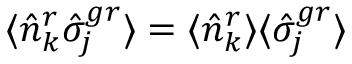
\langle \hat { n } _ { k } ^ { r } \hat { \sigma } _ { j } ^ { g r } \rangle = \langle \hat { n } _ { k } ^ { r } \rangle \langle \hat { \sigma } _ { j } ^ { g r } \rangle